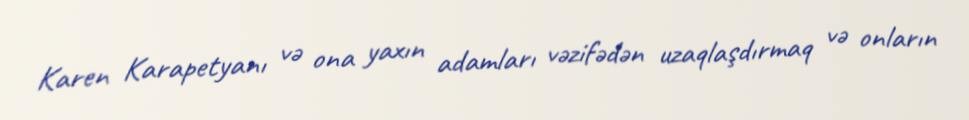
Karen Karapetyanı və ona yaxın adamları vəzifədən uzaqlaşdırmaq və onların